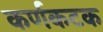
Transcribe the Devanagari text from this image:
कर्णकटक